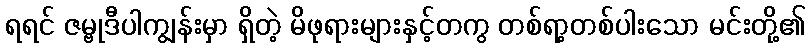
ရရင် ဇမ္ဗုဒီပါကျွန်းမှာ ရှိတဲ့ မိဖုရားများနှင့်တကွ တစ်ရာ့တစ်ပါးသော မင်းတို့၏